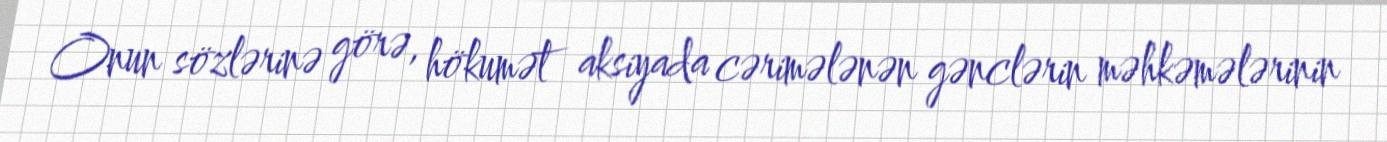
Onun sözlərinə görə, hökumət aksiyada cərimələnən gənclərin məhkəmələrinin